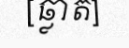
[ឆ្លាត]